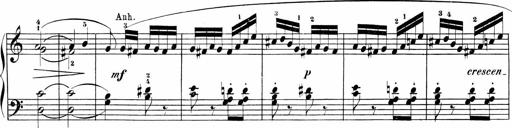
Title: Sonatinen Op.47, 98 und 136, nebst 6 Liedersonatinen
Composer: Carl Reinecke